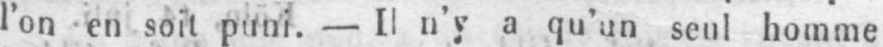
l’on en soit puni. - Il n’y a qu’un seul homme